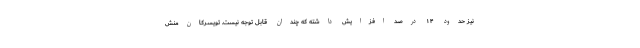
نیز حدود ۱۴ درصد افزایش داشته که چندان قابل توجه نیست. تویسرکان‌منش